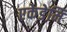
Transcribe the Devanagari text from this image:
एकेडेमि